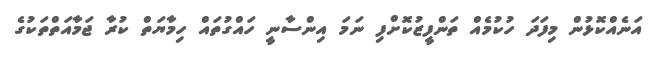
އަނެއްކޮޅުން މިފަދަ ހުކުމެއް ތަންފީޒުކޮށްފި ނަމަ އިންސާނީ ހައްގުތައް ހިމާޔަތް ކުރާ ޖަމާއަތްތަކުގެ